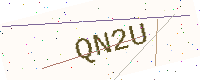
Text: QN2U